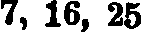
7, 16, 25